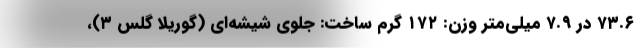
۷۳.۶ در ۷.۹ میلی‌متر وزن: ۱۷۲ گرم ساخت: جلوی شیشه‌ای (گوریلا گلس ۳)،